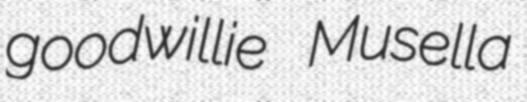
goodwillie Musella